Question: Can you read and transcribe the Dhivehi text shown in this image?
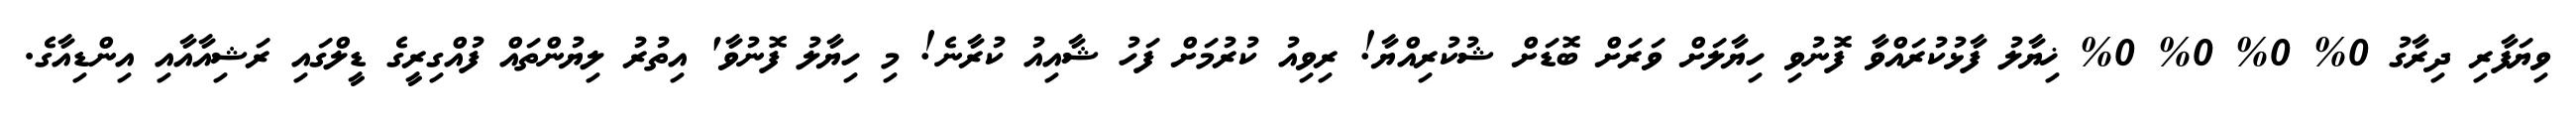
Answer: ވިޔަފާރި ދިރާގު 0% 0% 0% 0% ޚިޔާލު ފާޅުކުރައްވާ ފޮނުވި ހިޔާލަށް ވަރަށް ބޮޑަށް ޝުކުރިއްޔާ! ރިވިއު ކުރުމަށް ފަހު ޝާއިއު ކުރާނެ! މި ހިޔާލު ފޮނުވާ' އިތުރު ލިޔުންތައް ފުއްގިރީގެ ޑީލްގައި ރަޝިއާއާއި އިންޑިއާގެ.